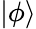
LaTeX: |\phi\rangle